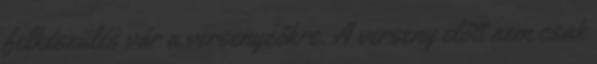
felkészülés vár a versenyzőkre. A verseny előtt nem csak